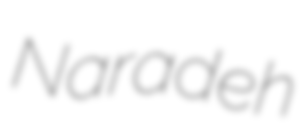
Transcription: Naradeh